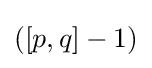
([p,q]-1)